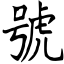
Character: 號